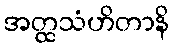
အတ္ထသံဟိတာနိ